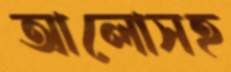
আলোসহ